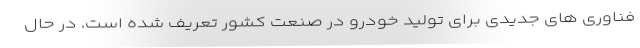
فناوری های جدیدی برای تولید خودرو در صنعت کشور تعریف شده است. در حال